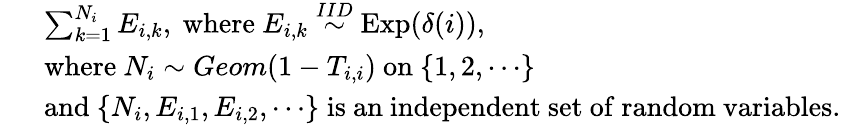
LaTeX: \begin{array}{rl}&{\sum_{k=1}^{N_{i}}E_{i,k},\mathrm{~where~}E_{i,k}\stackrel{IID}{\sim}\mathrm{Exp}(\delta(i)),}\\ {\; \; }&{\mathrm{where~}N_{i}\sim Geom(1-T_{i,i})\mathrm{~on~}\{ 1,2,\cdots\} }\\ &{\mathrm{and~}\{ N_{i},E_{i,1},E_{i,2},\cdots\} \; \mathrm{is~an~independent~set~of~random~variables}.}\end{array}